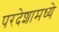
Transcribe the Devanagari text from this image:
परदेशामध्ये